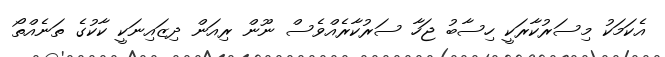
އެކަމަކު މިސަރުކާރަކީ ހިސާބު ޖަހާ ސަރުކާރެއްވެސް ނޫން ރިއަން ދިޒައިނަކީ ކާކުގެ ތަނެއްތޯ